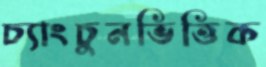
চ্যাংচুনভিত্তিক